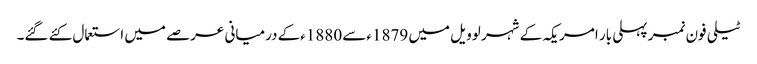
ٹیلی فون نمبر پہلی بار امریکہ کے شہر لوویل میں 1879ءسے 1880ءکے درمیانی عرصے میں استعمال کئے گئے۔